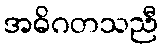
အဓိဂတသညီ